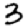
Digit: 3